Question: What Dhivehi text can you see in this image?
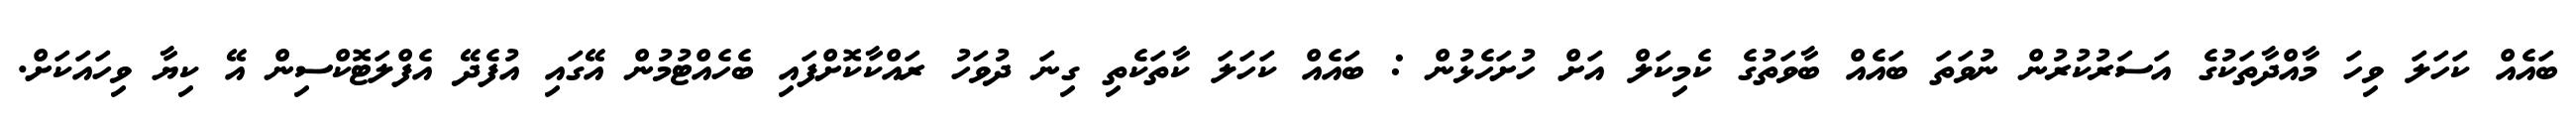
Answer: ބައެއް ކަހަލަ ވިހަ މާއްދާތަކުގެ އަސަރުކުރުން ނުވަތަ ބައެއް ބާވަތުގެ ކެމިކަލް އަށް ހުށަހެޅުން : ބައެއް ކަހަލަ ކާތަކެތި ގިނަ ދުވަހު ރައްކާކޮށްފައި ބެހެއްޓުމުން އޭގައި އުފެދޭ އެފްލަޓޮކްސިން އޭ ކިޔާ ވިހައަކަށް.